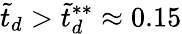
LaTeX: \tilde{t}_{d}>\tilde{t}_{d}^{**}\approx 0.15